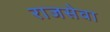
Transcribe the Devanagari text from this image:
राजसेवा